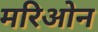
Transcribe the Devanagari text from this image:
मरिओन